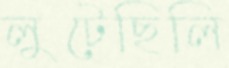
লুটেছিলি